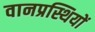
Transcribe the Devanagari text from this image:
वानप्रस्थियों